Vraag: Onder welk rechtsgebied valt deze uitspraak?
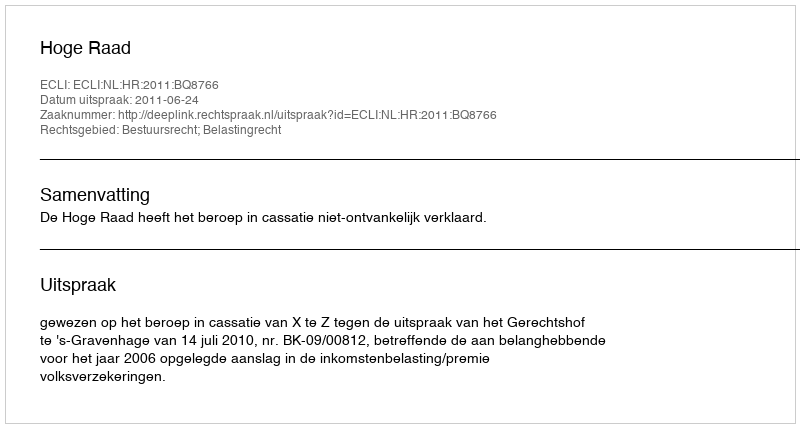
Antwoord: Bestuursrecht; Belastingrecht